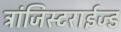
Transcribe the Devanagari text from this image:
ट्रांजिस्टराईज्ड